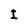
Character: I